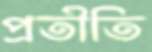
প্রতীতি